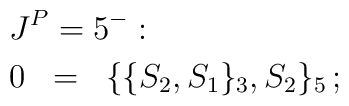
\begin{array}{ll}      \lefteqn{\!\! J^P=5^-:} \vspace{1mm}\\\!\! 0 \;\; = & \{\{S_{2},S_{1}\}_{3},S_{2}\}_{5}\,;     \qquad\qquad\qquad\qquad\qquad\qquad\qquad\qquad\qquad\qquad\qquad     \qquad\qquad\qquad\qquad\qquad\qquad\qquad     \end{array}